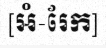
[អំ-រែក]